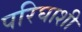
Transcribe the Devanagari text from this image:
परिघाशी